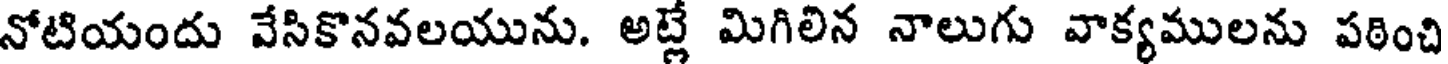
నోటియందు వేసికొనవలయును. అట్లే మిగిలిన నాలుగు వాక్యములను పఠించి